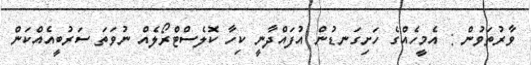
ވާރުތަވުން : އެމީހެއްގެ ހަށިގަނޑުން އުފައްދާނީ ކިހާ ކޮލެސްޓްރޯލެއް ނުވަތަ ސަރުބީއެއްކަން